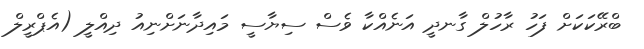
ބްރޭކަކަށް ފަހު ރާހުލް ގާނދީ އަނެއްކާ ވެސް ސިޔާސީ މައިދާނަށްނިއު ދިއްލީ (އެޕްރީލް